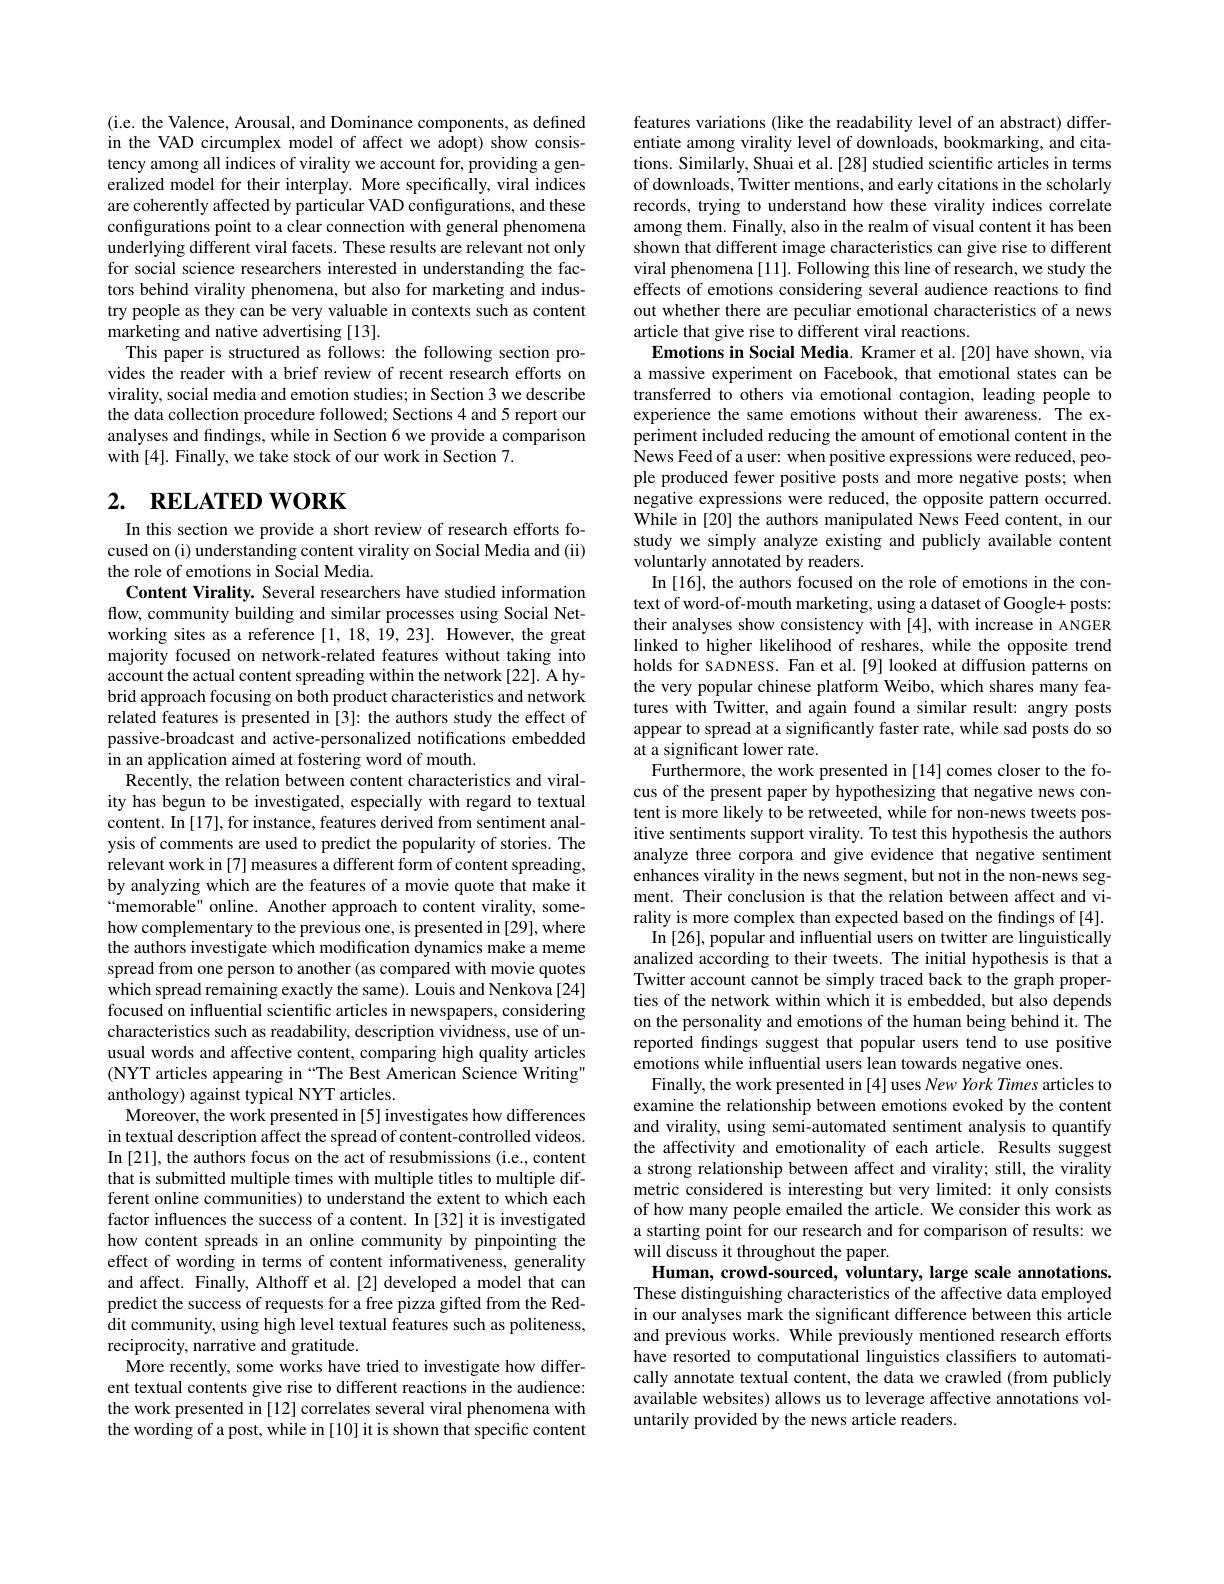
(i.e. the Valence, Arousal, and Dominance components, as defined in the VAD circumplex model of affect we adopt) show consistency among all indices of virality we account for, providing a generalized model for their interplay. More specifically, viral indices are coherently affected by particular VAD configurations, and these configurations point to a clear connection with general phenomena underlying different viral facets. These results are relevant not only for social science researchers interested in understanding the factors behind virality phenomena, but also for marketing and industry people as they can be very valuable in contexts such as content marketing and native advertising [13].
This paper is structured as follows: the following section provides the reader with a brief review of recent research efforts on virality, social media and emotion studies; in Section 3 we describe the data collection procedure followed; Sections 4 and 5 report our analyses and findings, while in Section 6 we provide a comparison with [4]. Finally, we take stock of our work in Section 7.

# 2. RELATED WORK

In this section we provide a short review of research efforts focused on (i) understanding content virality on Social Media and (ii) the role of emotions in Social Media.
Content Virality. Several researchers have studied information flow, community building and similar processes using Social Networking sites as a reference [1, 18, 19, 23]. However, the great majority focused on network-related features without taking into account the actual content spreading within the network[22]. A hybrid approach focusing on both product characteristics and network related features is presented in [3]: the authors study the effect of passive-broadcast and active-personalized notifications embedded in an application aimed at fostering word of mouth.
Recently, the relation between content characteristics and virality has begun to be investigated, especially with regard to textual content. In [17], for instance, features derived from sentiment analysis of comments are used to predict the popularity of stories. The relevant work in[7] measures a different form of content spreading, by analyzing which are the features of a movie quote that make it “memorable" online. Another approach to content virality, somehow complementary to the previous one, is presented in [29], where the authors investigate which modification dynamics make a meme spread from one person to another (as compared with movie quotes which spread remaining exactly the same). Louis and Nenkova[24] focused on influential scientific articles in newspapers, considering characteristics such as readability, description vividness, use of unusual words and affective content, comparing high quality articles (NYT articles appearing in“The Best American Science Writing" anthology) against typical NYT articles.
Moreover, the work presented in [5] investigates how differences in textual description affect the spread of content-controlled videos. In [21], the authors focus on the act of resubmissions (i.e., content that is submitted multiple times with multiple titles to multiple different online communities) to understand the extent to which each factor influences the success of a content. In [32] it is investigated how content spreads in an online community by pinpointing the effect of wording in terms of content informativeness, generality and affect. Finally, Althoff et al.[2] developed a model that can predict the success of requests for a free pizza gifted from the Reddit community, using high level textual features such as politeness, reciprocity, narrative and gratitude.
More recently, some works have tried to investigate how different textual contents give rise to different reactions in the audience: the work presented in [12] correlates several viral phenomena with the wording of a post, while in [10] it is shown that specific content

features variations (like the readability level of an abstract) differentiate among virality level of downloads, bookmarking, and citations. Similarly, Shuai et al. [28] studied scientific articles in terms of downloads, Twitter mentions, and early citations in the scholarly records, trying to understand how these virality indices correlate among them. Finally, also in the realm of visual content it has been shown that different image characteristics can give rise to different viral phenomena[11]. Following this line of research, we study the effects of emotions considering several audience reactions to find out whether there are peculiar emotional characteristics of a news article that give rise to different viral reactions.
Emotions in Social Media. Kramer et al.[20] have shown, via a massive experiment on Facebook, that emotional states can be transferred to others via emotional contagion, leading people to experience the same emotions without their awareness. The experiment included reducing the amount of emotional content in the News Feed of a user: when positive expressions were reduced, people produced fewer positive posts and more negative posts; when negative expressions were reduced, the opposite pattern occurred. While in [20] the authors manipulated News Feed content, in our study we simply analyze existing and publicly available content voluntarly annotated by readers.
In [16], the authors focused on the role of emotions in the context of word-of-mouth marketing, using a dataset of Google+ posts: their analyses show consistency with [4], with increase in ANGER linked to higher likelihood of reshares, while the opposite trend holds for SADNESS. Fan et al.[9] looked at diffusion patterns on the very popular chinese platform Weibo, which shares many features with Twitter, and again found a similar result: angry posts appear to spread at a significantly faster rate, while sad posts do so at a significant lower rate.
Furthermore, the work presented in [14] comes closer to the focus of the present paper by hypothesizing that negative news content is more likely to be retweeted, while for non-news tweets positive sentiments support virality. To test this hypothesis the authors analyze three corpora and give evidence that negative sentiment enhances virality in the news segment, but not in the non-news segment. Their conclusion is that the relation between affect and virality is more complex than expected based on the findings of [4].
In [26], popular and influential users on twitter are linguistically analized according to their tweets. The initial hypothesis is that a Twitter account cannot be simply traced back to the graph properties of the network within which it is embedded, but also depends on the personality and emotions of the human being behind it. The reported findings suggest that popular users tend to use positive emotions while influential users lean towards negative ones.
Finally, the work presented in [4] uses New York Times articles to examine the relationship between emotions evoked by the content and virality, using semi-automated sentiment analysis to quantify the affectivity and emotionality of each article. Results suggest a strong relationship between affect and virality; still, the virality metric considered is interesting but very limited: it only consists of how many people emailed the article. We consider this work as a starting point for our research and for comparison of results: we will discuss it throughout the paper.
Human, crowd-sourced, voluntary, large scale annotations. These distinguishing characteristics of the affective data employed in our analyses mark the significant difference between this article and previous works. While previously mentioned research efforts have resorted to computational linguistics classiffers to automatically annotate textual content, the data we crawled (from publicly available websites) allows us to leverage affective annotations voluntarily provided by the news article readers.